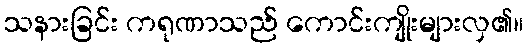
သနားခြင်း ကရုဏာသည် ကောင်းကျိုးများလှ၏။